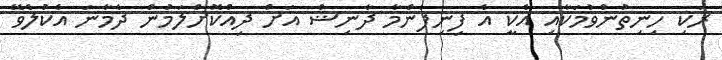
ރަކި ހިނިތުންވުމަކާއި އެކީ އެ ފިނިފެންމާ ދާނިޝް އަށް ދިއްކޮށްލަމުން ދެމާނަ އެކުލެވޭ